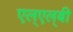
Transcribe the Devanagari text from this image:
एल्‌एल्‌बी